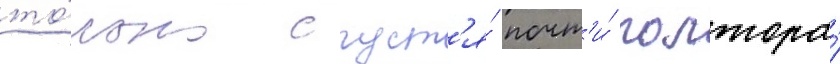
то́лько спуст'я́ почт'и́ полтора́